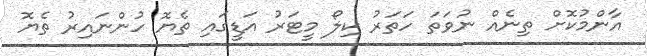
އާންމުކޮށް ތިނެއް ނުވަތަ ހަތަރު ކިލޯ މީޓަރު އަޑީގައި ތެޔޮ ހުންނައިރު ތެޔޮ